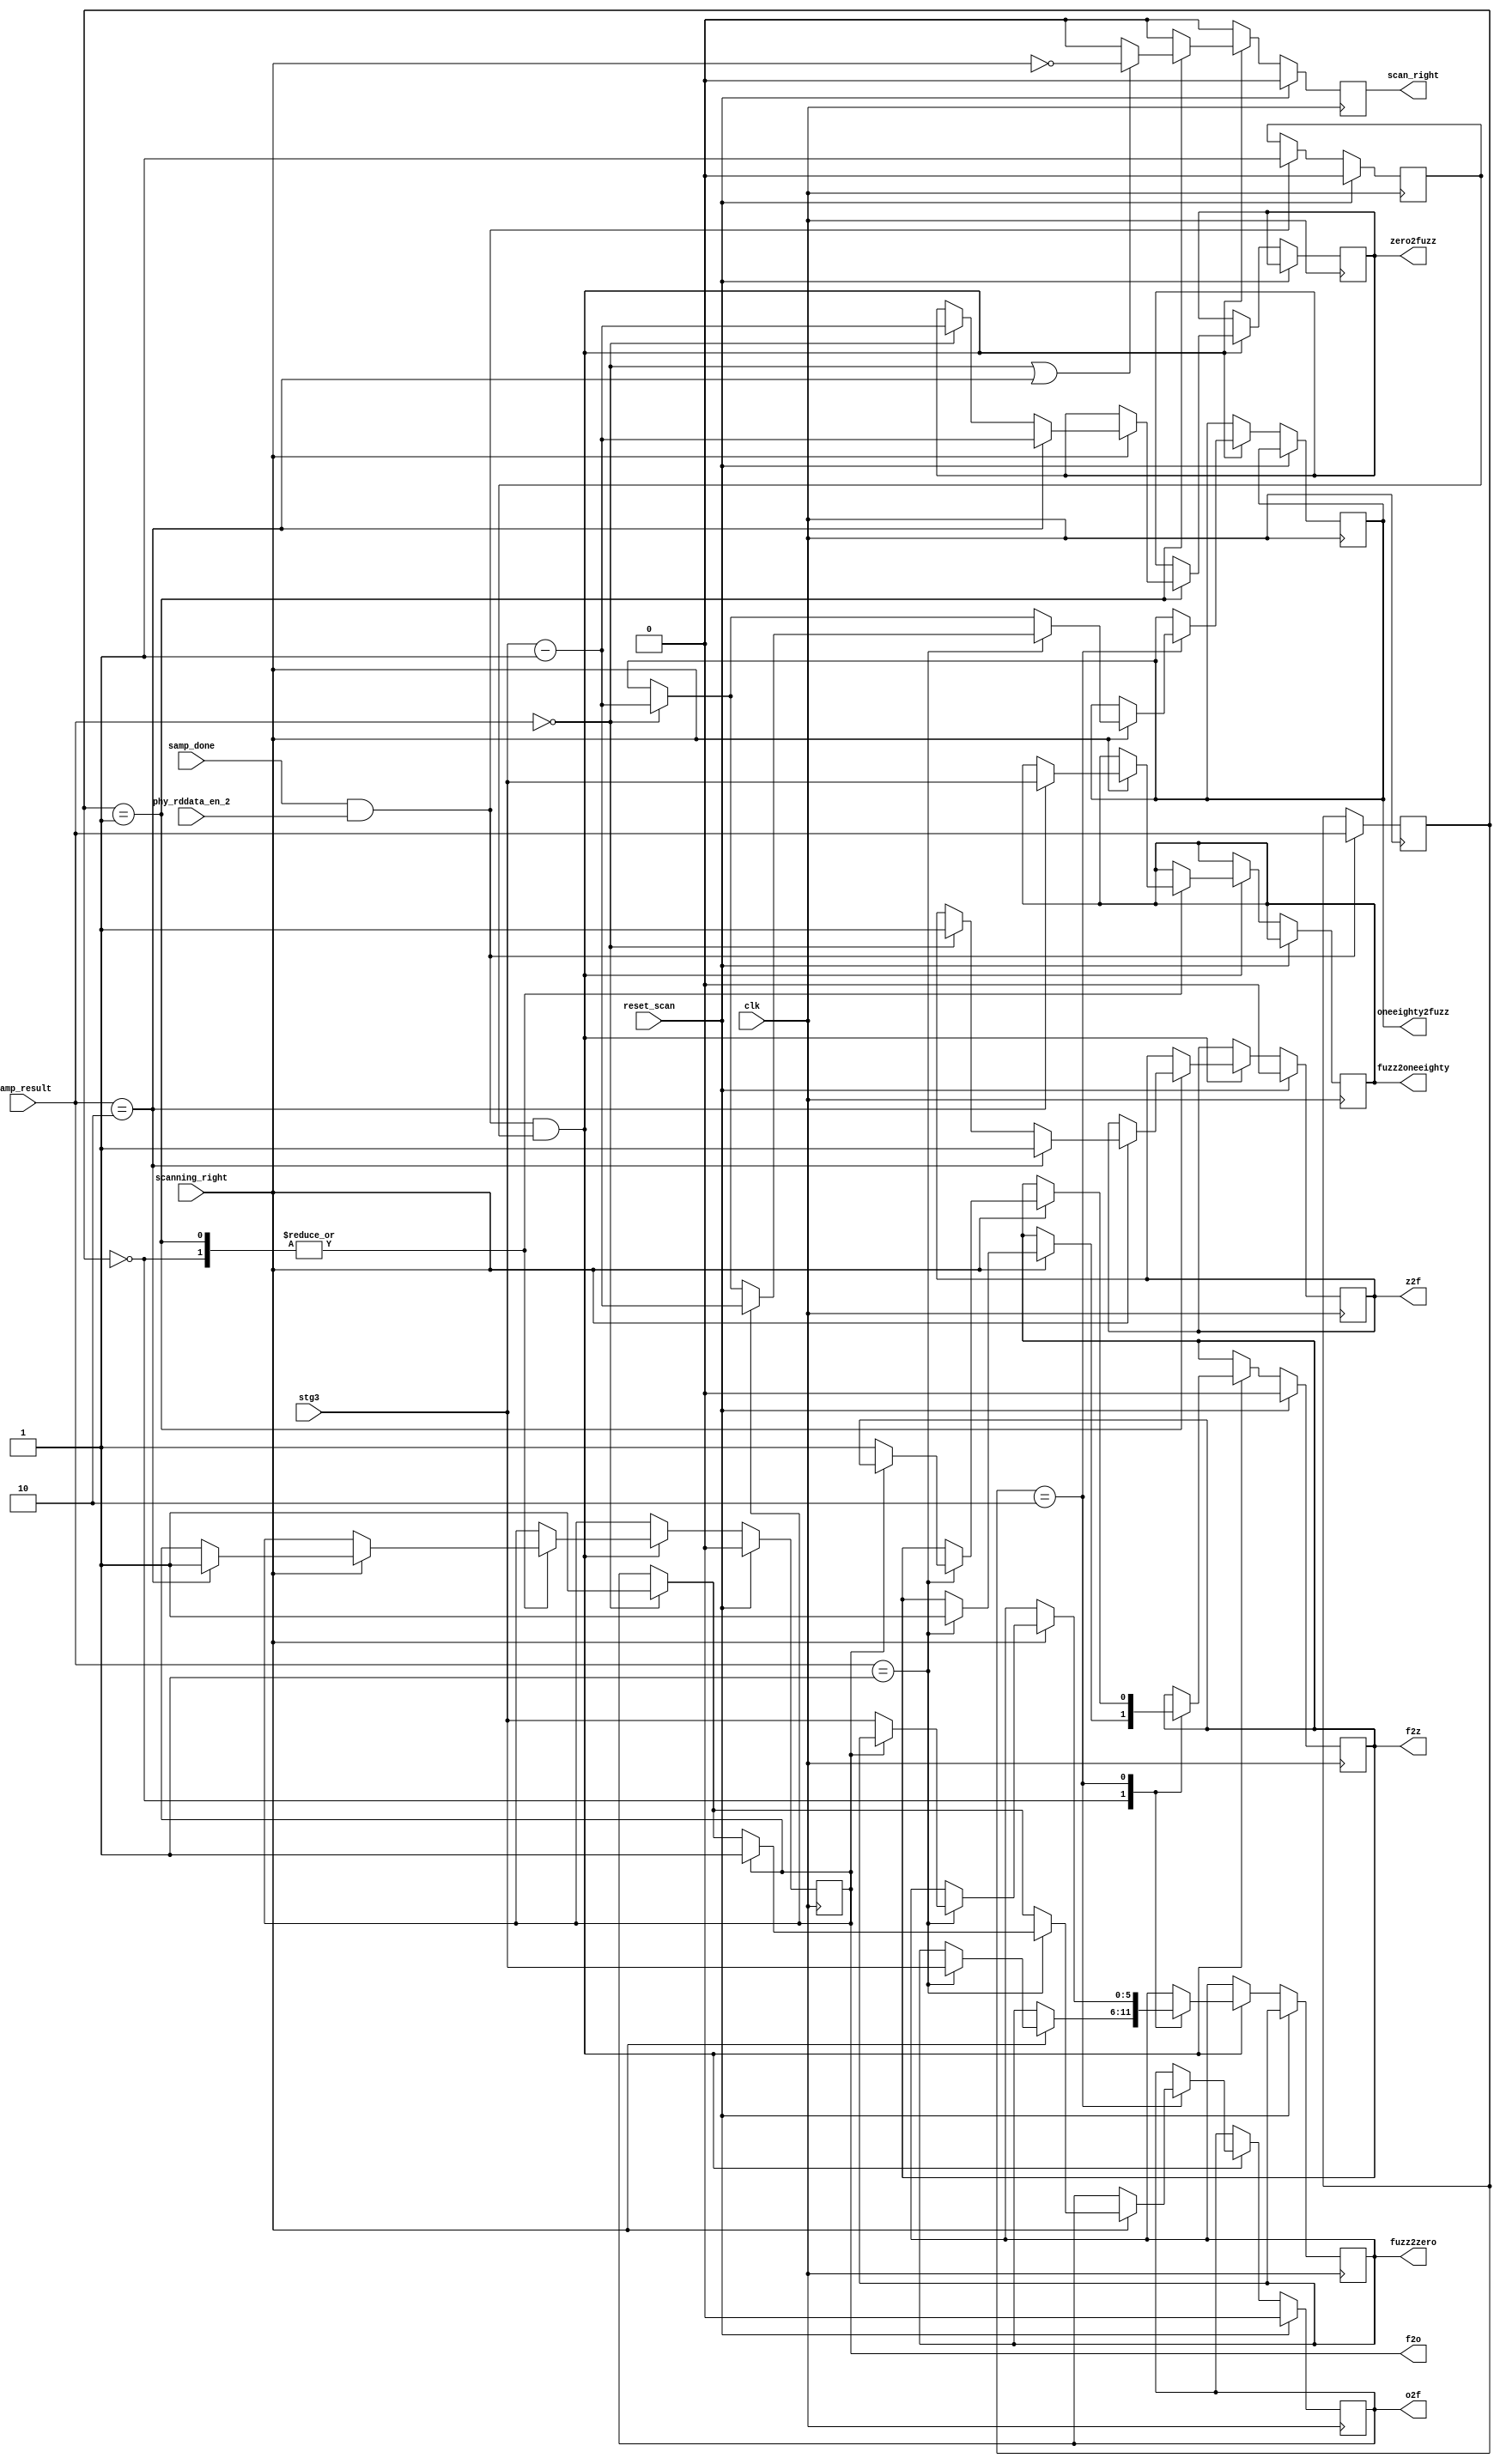
//*****************************************************************************
// (c) Copyright 2009 - 2013 Xilinx, Inc. All rights reserved.
//
// This file contains confidential and proprietary information
// of Xilinx, Inc. and is protected under U.S. and
// international copyright and other intellectual property
// laws.
//
// DISCLAIMER
// This disclaimer is not a license and does not grant any
// rights to the materials distributed herewith. Except as
// otherwise provided in a valid license issued to you by
// Xilinx, and to the maximum extent permitted by applicable
// law: (1) THESE MATERIALS ARE MADE AVAILABLE "AS IS" AND
// WITH ALL FAULTS, AND XILINX HEREBY DISCLAIMS ALL WARRANTIES
// AND CONDITIONS, EXPRESS, IMPLIED, OR STATUTORY, INCLUDING
// BUT NOT LIMITED TO WARRANTIES OF MERCHANTABILITY, NON-
// INFRINGEMENT, OR FITNESS FOR ANY PARTICULAR PURPOSE; and
// (2) Xilinx shall not be liable (whether in contract or tort,
// including negligence, or under any other theory of
// liability) for any loss or damage of any kind or nature
// related to, arising under or in connection with these
// materials, including for any direct, or any indirect,
// special, incidental, or consequential loss or damage
// (including loss of data, profits, goodwill, or any type of
// loss or damage suffered as a result of any action brought
// by a third party) even if such damage or loss was
// reasonably foreseeable or Xilinx had been advised of the
// possibility of the same.
//
// CRITICAL APPLICATIONS
// Xilinx products are not designed or intended to be fail-
// safe, or for use in any application requiring fail-safe
// performance, such as life-support or safety devices or
// systems, Class III medical devices, nuclear facilities,
// applications related to the deployment of airbags, or any
// other applications that could lead to death, personal
// injury, or severe property or environmental damage
// (individually and collectively, "Critical
// Applications"). Customer assumes the sole risk and
// liability of any use of Xilinx products in Critical
// Applications, subject only to applicable laws and
// regulations governing limitations on product liability.
//
// THIS COPYRIGHT NOTICE AND DISCLAIMER MUST BE RETAINED AS
// PART OF THIS FILE AT ALL TIMES.
//
//*****************************************************************************
//   ____  ____
//  /   /\/   /
// /___/  \  /    Vendor: Xilinx
// \   \   \/     Version: %version
//  \   \         Application: MIG
//  /   /         Filename: ddr_phy_v2_3_phy_ocd_edge.v
// /___/   /\     Date Last Modified: $Date: 2011/02/25 02:07:40 $
// \   \  /  \    Date Created: Aug 03 2009 
//  \___\/\___\
//
//Device: 7 Series
//Design Name: DDR3 SDRAM
//Purpose: Detects and stores edges as the test pattern is scanned via
// manipulating the phaser out stage 3 taps.
//
// Scanning always proceeds from the left to the right.  For more
// on the scanning algorithm, see the _po_cntlr block.
//
// Four scan results are reported.  The edges at fuzz2zero, 
// zero2fuzz, fuzz2oneeighty, and oneeighty2fuzz.  Each edge
// has a 6 bit stg3 tap value and a valid bit.  The valid bits
// are reset before the scan starts.
//
// Once reset_scan is set low, this block waits for the first
// samp_done while scanning_right.  This marks the left end
// of the scan, and initializes prev_samp_r with samp_result and 
// sets the prev_samp_r valid bit to one.
//
// At each subesquent samp_done, the previous samp is compared
// to the current samp_result.  The case statement details how
// edges are identified.
//
// Original design assumed fuzz between valid regions.  Design
// has been updated to tolerate transitions from zero to oneeight
// and vice-versa without fuzz in between.
//
//Reference:
//Revision History:
//*****************************************************************************

`timescale 1ps/1ps

module mig_7series_v2_3_ddr_phy_ocd_edge #
  (parameter TCQ                = 100)
  (/*AUTOARG*/
  // Outputs
  scan_right, z2f, f2z, o2f, f2o, zero2fuzz, fuzz2zero,
  oneeighty2fuzz, fuzz2oneeighty,
  // Inputs
  clk, samp_done, phy_rddata_en_2, reset_scan, scanning_right,
  samp_result, stg3
  );

  
  localparam [1:0] NULL       = 2'b11,
                   FUZZ       = 2'b00,
                   ONEEIGHTY  = 2'b10,
                   ZERO       = 2'b01;
 
  input clk;
  
  input samp_done;
  input phy_rddata_en_2;
  wire samp_valid = samp_done && phy_rddata_en_2;
  
  input reset_scan;

  input scanning_right;

  reg prev_samp_valid_ns, prev_samp_valid_r;
  always @(posedge clk) prev_samp_valid_r <= #TCQ prev_samp_valid_ns;
  always @(*) begin
    prev_samp_valid_ns = prev_samp_valid_r;
    if (reset_scan) prev_samp_valid_ns = 1'b0;
    else if (samp_valid) prev_samp_valid_ns = 1'b1;
  end
  
  input [1:0] samp_result;

  reg [1:0] prev_samp_ns, prev_samp_r;
  always @(posedge clk) prev_samp_r <= #TCQ prev_samp_ns;
  always @(*)
    if (samp_valid) prev_samp_ns = samp_result;
    else prev_samp_ns = prev_samp_r;

  reg scan_right_ns, scan_right_r;
  always @(posedge clk) scan_right_r <= #TCQ scan_right_ns;
  output scan_right;
  assign scan_right = scan_right_r;

  input [5:0] stg3;

  reg z2f_ns, z2f_r, f2z_ns, f2z_r, o2f_ns, o2f_r, f2o_ns, f2o_r;
  always @(posedge clk) z2f_r <= #TCQ z2f_ns;
  always @(posedge clk) f2z_r <= #TCQ f2z_ns;
  always @(posedge clk) o2f_r <= #TCQ o2f_ns;
  always @(posedge clk) f2o_r <= #TCQ f2o_ns;

  output z2f, f2z, o2f, f2o;
  assign z2f = z2f_r;
  assign f2z = f2z_r;
  assign o2f = o2f_r;
  assign f2o = f2o_r;
  
  reg [5:0] zero2fuzz_ns, zero2fuzz_r, fuzz2zero_ns, fuzz2zero_r, 
            oneeighty2fuzz_ns, oneeighty2fuzz_r, fuzz2oneeighty_ns, fuzz2oneeighty_r;
  always @(posedge clk) zero2fuzz_r <= #TCQ zero2fuzz_ns;
  always @(posedge clk) fuzz2zero_r <= #TCQ fuzz2zero_ns;
  always @(posedge clk) oneeighty2fuzz_r <= #TCQ oneeighty2fuzz_ns;
  always @(posedge clk) fuzz2oneeighty_r <= #TCQ fuzz2oneeighty_ns;
  
  output [5:0] zero2fuzz, fuzz2zero, oneeighty2fuzz, fuzz2oneeighty;
  assign zero2fuzz = zero2fuzz_r;
  assign fuzz2zero = fuzz2zero_r;
  assign oneeighty2fuzz = oneeighty2fuzz_r;
  assign fuzz2oneeighty = fuzz2oneeighty_r;
  
  always @(*) begin
    z2f_ns = z2f_r;
    f2z_ns = f2z_r;
    o2f_ns = o2f_r;
    f2o_ns = f2o_r;
    zero2fuzz_ns = zero2fuzz_r;
    fuzz2zero_ns = fuzz2zero_r;
    oneeighty2fuzz_ns = oneeighty2fuzz_r;
    fuzz2oneeighty_ns = fuzz2oneeighty_r;
    scan_right_ns = 1'b0;
    
    if (reset_scan) begin
      z2f_ns = 1'b0;
      f2z_ns = 1'b0;
      o2f_ns = 1'b0;
      f2o_ns = 1'b0;
    end  
    else if (samp_valid && prev_samp_valid_r)
      case (prev_samp_r)
	FUZZ :
	  if (scanning_right) begin
            if (samp_result == ZERO) begin
	      fuzz2zero_ns = stg3;
	      f2z_ns = 1'b1;
	    end
            if (samp_result == ONEEIGHTY) begin
	      fuzz2oneeighty_ns = stg3;
	      f2o_ns = 1'b1;
	    end
	  end
	ZERO : begin
          if (samp_result == FUZZ || samp_result == ONEEIGHTY) scan_right_ns = !scanning_right;
          if (scanning_right) begin
	    if (samp_result == FUZZ) begin
	      zero2fuzz_ns = stg3 - 6'b1;
	      z2f_ns = 1'b1;
	    end
	    if (samp_result == ONEEIGHTY) begin
	      zero2fuzz_ns = stg3 - 6'b1;
	      z2f_ns = 1'b1;
	      fuzz2oneeighty_ns = stg3;
	      f2o_ns = 1'b1;
	    end
	  end
	end
        ONEEIGHTY :
          if (scanning_right) begin
	    if (samp_result == FUZZ) begin
	      oneeighty2fuzz_ns = stg3 - 6'b1;
	      o2f_ns = 1'b1;
	    end 
            if (samp_result == ZERO)
              if (f2o_r) begin
		oneeighty2fuzz_ns = stg3 - 6'b1;
	        o2f_ns = 1'b1;
              end else begin
	        fuzz2zero_ns = stg3;
	        f2z_ns = 1'b1;
	      end

	  end // if (scanning_right)
//	NULL :  // Should never happen
      endcase	 
  end
  
endmodule // mig_7series_v2_3_ddr_phy_ocd_edge